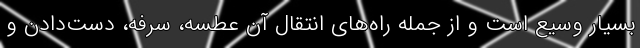
بسیار وسیع است و از جمله راه‌های انتقال آن عطسه، سرفه، دست‌دادن و